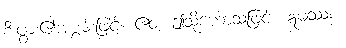
စီးပွား၏အစွမ်းဖြင့်။ ဧဝံ၊ ဤသို့ဟောသဖြင့်။ ဣမဿစ၊